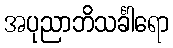
အပုညာဘိသင်္ခါရော